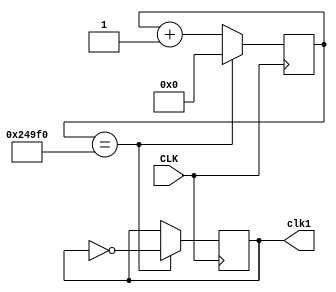
`timescale 1ns / 1ps
//////////////////////////////////////////////////////////////////////////////////
// Company: 
// Engineer: 
// 
// Design Name: 
// Module Name: clk_40
// Project Name: 
// Target Devices: 
// Tool Versions: 
// Description: 
// 
// Dependencies: 
// 
// Revision:
// Revision 0.01 - File Created
// Additional Comments:
// 
//////////////////////////////////////////////////////////////////////////////////


module clk_40(
  input CLK,
output reg clk1
);

reg [22:0] counter;

initial begin
   counter = 0;
end

always @ (posedge CLK) begin
   counter <= (counter == 150000 ? 0 : counter + 1);
   clk1 <= (counter == 150000 ? ~clk1 : clk1);
end
endmodule